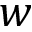
w